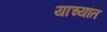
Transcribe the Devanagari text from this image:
याच्यांत